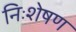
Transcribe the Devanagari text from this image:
निःशेषण